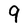
Character: 9